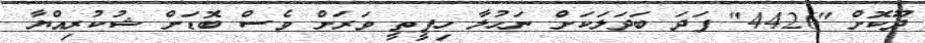
ދޫކޮށް "4426" ފަދަ ބަދަލަކަށް ނަހުލާ ހިފީތީ ވަރަށް ވެސް ބޮޑަށް ޝުކުރިއްޔާ